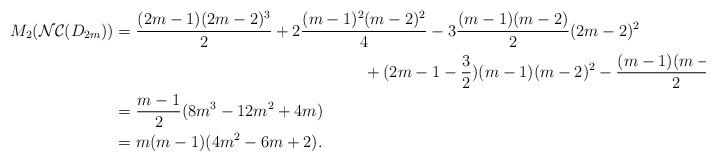
LaTeX: \begin{align*} M_{2}(\mathcal{NC}(D_{2m}))&=\dfrac{(2m-1)(2m-2)^{3}}{2}+2\dfrac{(m-1)^{2}(m-2)^{2}}{4}-3 \dfrac{(m-1)(m-2)}{2}(2m-2)^{2} \\ &~~~~~~~~~~~~~~~~~~~~~~~~~~~~~~~~~~~~~~~~~~~~~~+(2m-1-\dfrac{3}{2})(m-1)(m-2)^{2}-\dfrac{(m-1)(m-2)^{3}}{2} \\ &= \dfrac{m-1}{2}(8m^{3}-12m^{2}+4m) \\ &= m(m-1)(4m^{2}-6m+2).\end{align*}